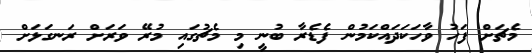
މެޗަށް ފަހު ވާހަކަދައްކަމުން ފެޑެރާ ބުނީ މި މެޗުގައި މުރޭ ވަރަށް ރަނގަޅަށް